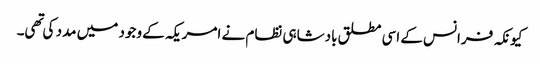
کیونکہ فرانس کے اسی مطلق بادشاہی نظام نے امریکہ کے وجود میں مدد کی تهی۔